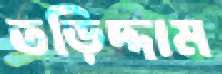
তড়িদ্দাম